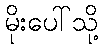
မိုးပေါ်သို့